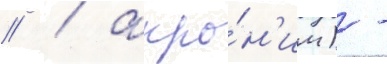
// / акро́н'им) -